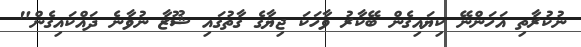
ނުކުރާތި އަހަންނޭ ކިޔައިގެން ބޭކާރު ވާހަކަ ޖިޔާގެ ގާތުގައި ޝޫޒާ ނުވާނެ ދައްކައިގެން"